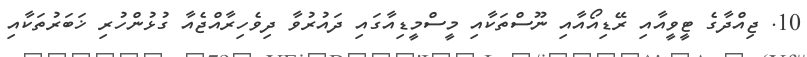
10. ޖިއްދާގެ ޓީވީއާއި ރޭޑިއޯއާއި ނޫސްތަކާއި މީސްމީޑިއާގައި ދައުރުވާ ދިވެހިރާއްޖެއާ ގުޅުންހުރި ޚަބަރުތަކާއި